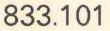
833.101